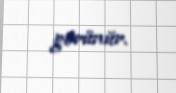
görünür.